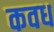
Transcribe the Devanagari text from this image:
कवध